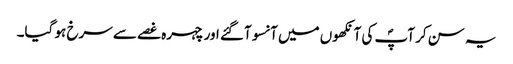
یہ سن کر آپؐ کی آنکھوں میں آنسو آگئے اور چہرہ غصے سے سرخ ہو گیا۔